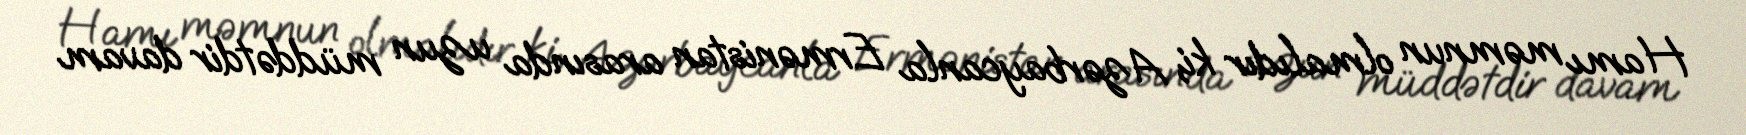
Hamı məmnun olmalıdır ki, Azərbaycanla Ermənistan arasında uzun müddətdir davam